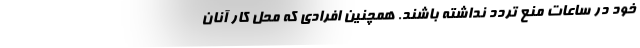
خود در ساعات منع تردد نداشته باشند. همچنین افرادی که محل کار آنان